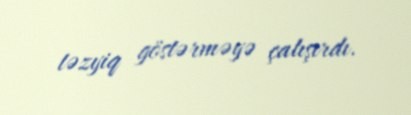
təzyiq göstərməyə çalışırdı.